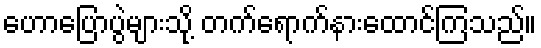
ဟောပြောပွဲများသို့ တက်ရောက်နားထောင်ကြသည်။